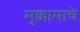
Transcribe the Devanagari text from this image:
मुक्कामाचे